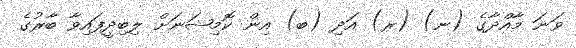
ވަނަ މާއްދާގެ (ނ) (ރ) އަދި (ބ) އިން ކޮމިޝަނަށް ލިބިދީފައިވާ ބާރުގެ